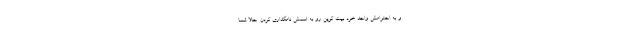
و به احترامش واحد خرد بیت کوین رو به اسمش نامگذاری کردن. حالا شما